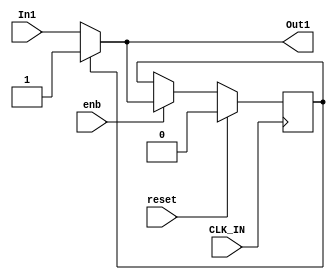
// -------------------------------------------------------------
// 
// 
// Generated by MATLAB 8.2 and HDL Coder 3.3
// 
// -------------------------------------------------------------


// -------------------------------------------------------------
// 
// Module: Latch_Index_Pulse
// Source Path: controllerPeripheralHdlAdi/Encoder_Peripheral_Hardware_Specification/Latch_Index_Pulse
// Hierarchy Level: 2
// 
// -------------------------------------------------------------

`timescale 1 ns / 1 ns

module Latch_Index_Pulse
          (
           CLK_IN,
           reset,
           enb,
           In1,
           Out1
          );


  input   CLK_IN;
  input   reset;
  input   enb;
  input   In1;
  output  Out1;


  wire Constant1_out1;
  wire Switch_out1;
  reg  Delay_out1;


  // <S7>/Constant1
  assign Constant1_out1 = 1'b1;



  // <S7>/Delay
  always @(posedge CLK_IN)
    begin : Delay_process
      if (reset == 1'b1) begin
        Delay_out1 <= 1'b0;
      end
      else if (enb) begin
        Delay_out1 <= Switch_out1;
      end
    end



  // <S7>/Switch
  assign Switch_out1 = (Delay_out1 == 1'b0 ? In1 :
              Constant1_out1);



  assign Out1 = Switch_out1;

endmodule  // Latch_Index_Pulse